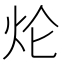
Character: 𤆢